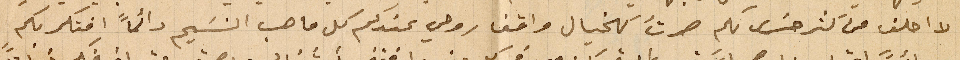
لا احلف من كتر حسَرتي لكم صرتُ كالخيال واقفا روحي عندكم كل ما هب النسَيم دائماً افتكر بكم